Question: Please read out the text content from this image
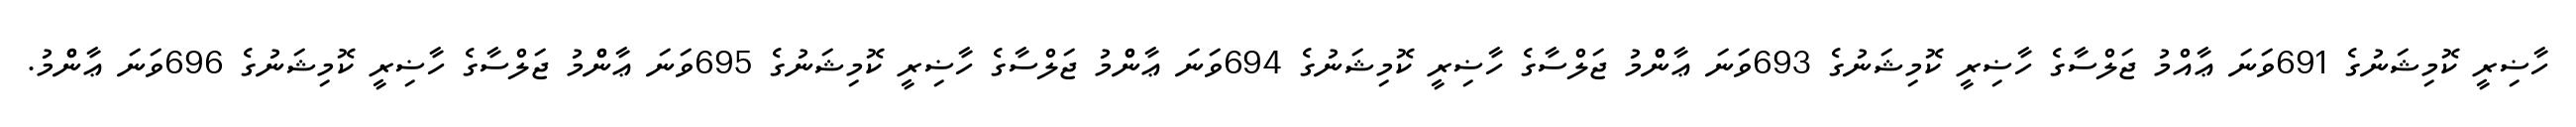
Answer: ހާޟިރީ ކޮމިޝަނުގެ 691ވަނަ ޢާއްމު ޖަލްސާގެ ހާޟިރީ ކޮމިޝަނުގެ 693ވަނަ ޢާންްމު ޖަލްސާގެ ހާޟިރީ ކޮމިޝަނުގެ 694ވަނަ ޢާންްމު ޖަލްސާގެ ހާޟިރީ ކޮމިޝަނުގެ 695ވަނަ ޢާންްމު ޖަލްސާގެ ހާޟިރީ ކޮމިޝަނުގެ 696ވަނަ ޢާންްމު.